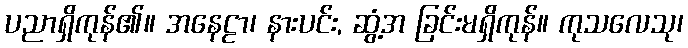
ပညာရှိကုန်၏။ အနေဠာ၊ နားပင်း, ဆွံ့အ ခြင်းမရှိကုန်။ ကုသလေသု၊